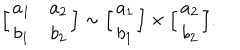
\Big [ \begin{array} { c c } { { a _ { 1 } } } & { { a _ { 2 } } } \\ { { b _ { 1 } } } & { { b _ { 2 } } } \\ \end{array} \Big ] \sim \Big [ \begin{array} { c } { { a _ { 1 } } } \\ { { b _ { 1 } } } \\ \end{array} \Big ] \times \Big [ \begin{array} { c } { { a _ { 2 } } } \\ { { b _ { 2 } } } \\ \end{array} \Big ] .